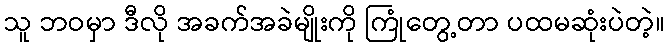
သူ ဘဝမှာ ဒီလို အခက်အခဲမျိုးကို ကြုံတွေ့တာ ပထမဆုံးပဲတဲ့။